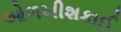
ઓળખીશકાઈ